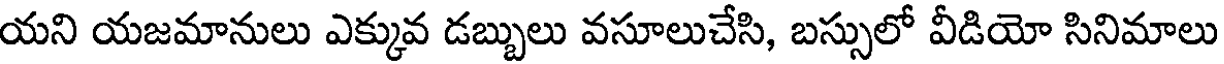
యని యజమానులు ఎక్కువ డబ్బులు వసూలుచేసి, బస్సులో వీడియో సినిమాలు